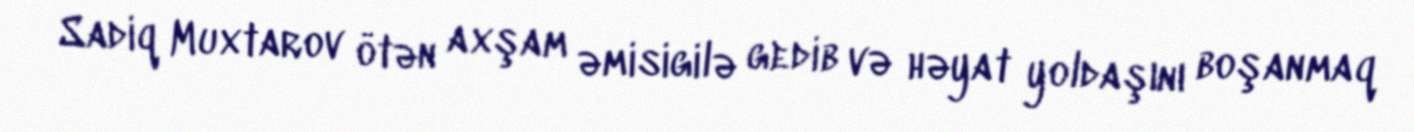
Sadiq Muxtarov ötən axşam əmisigilə gedib və həyat yoldaşını boşanmaq